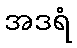
အဒရံ